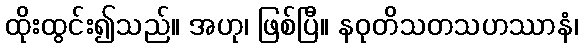
ထိုးထွင်း၍သည်။ အဟု၊ ဖြစ်ပြီ။ နဝုတိသတသဟဿာနံ၊